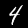
Digit: 4